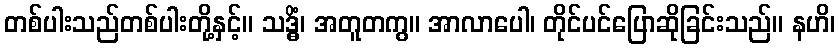
တစ်ပါးသည်တစ်ပါးတို့နှင့်။ သဒ္ဓိံ၊ အတူတကွ။ အာလာပေါ၊ တိုင်ပင်ပြောဆိုခြင်းသည်။ နဟိ၊